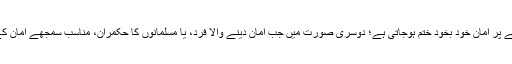
پہلی صورت میں وقت کے خاتمے پر امان خود بخود ختم ہوجاتی ہے؛ دوسری صورت میں جب امان دینے والا فرد، یا مسلمانوں کا حکمران، مناسب سمجھے امان کے خاتمے کا اعلان کرسکتا ہے ۔